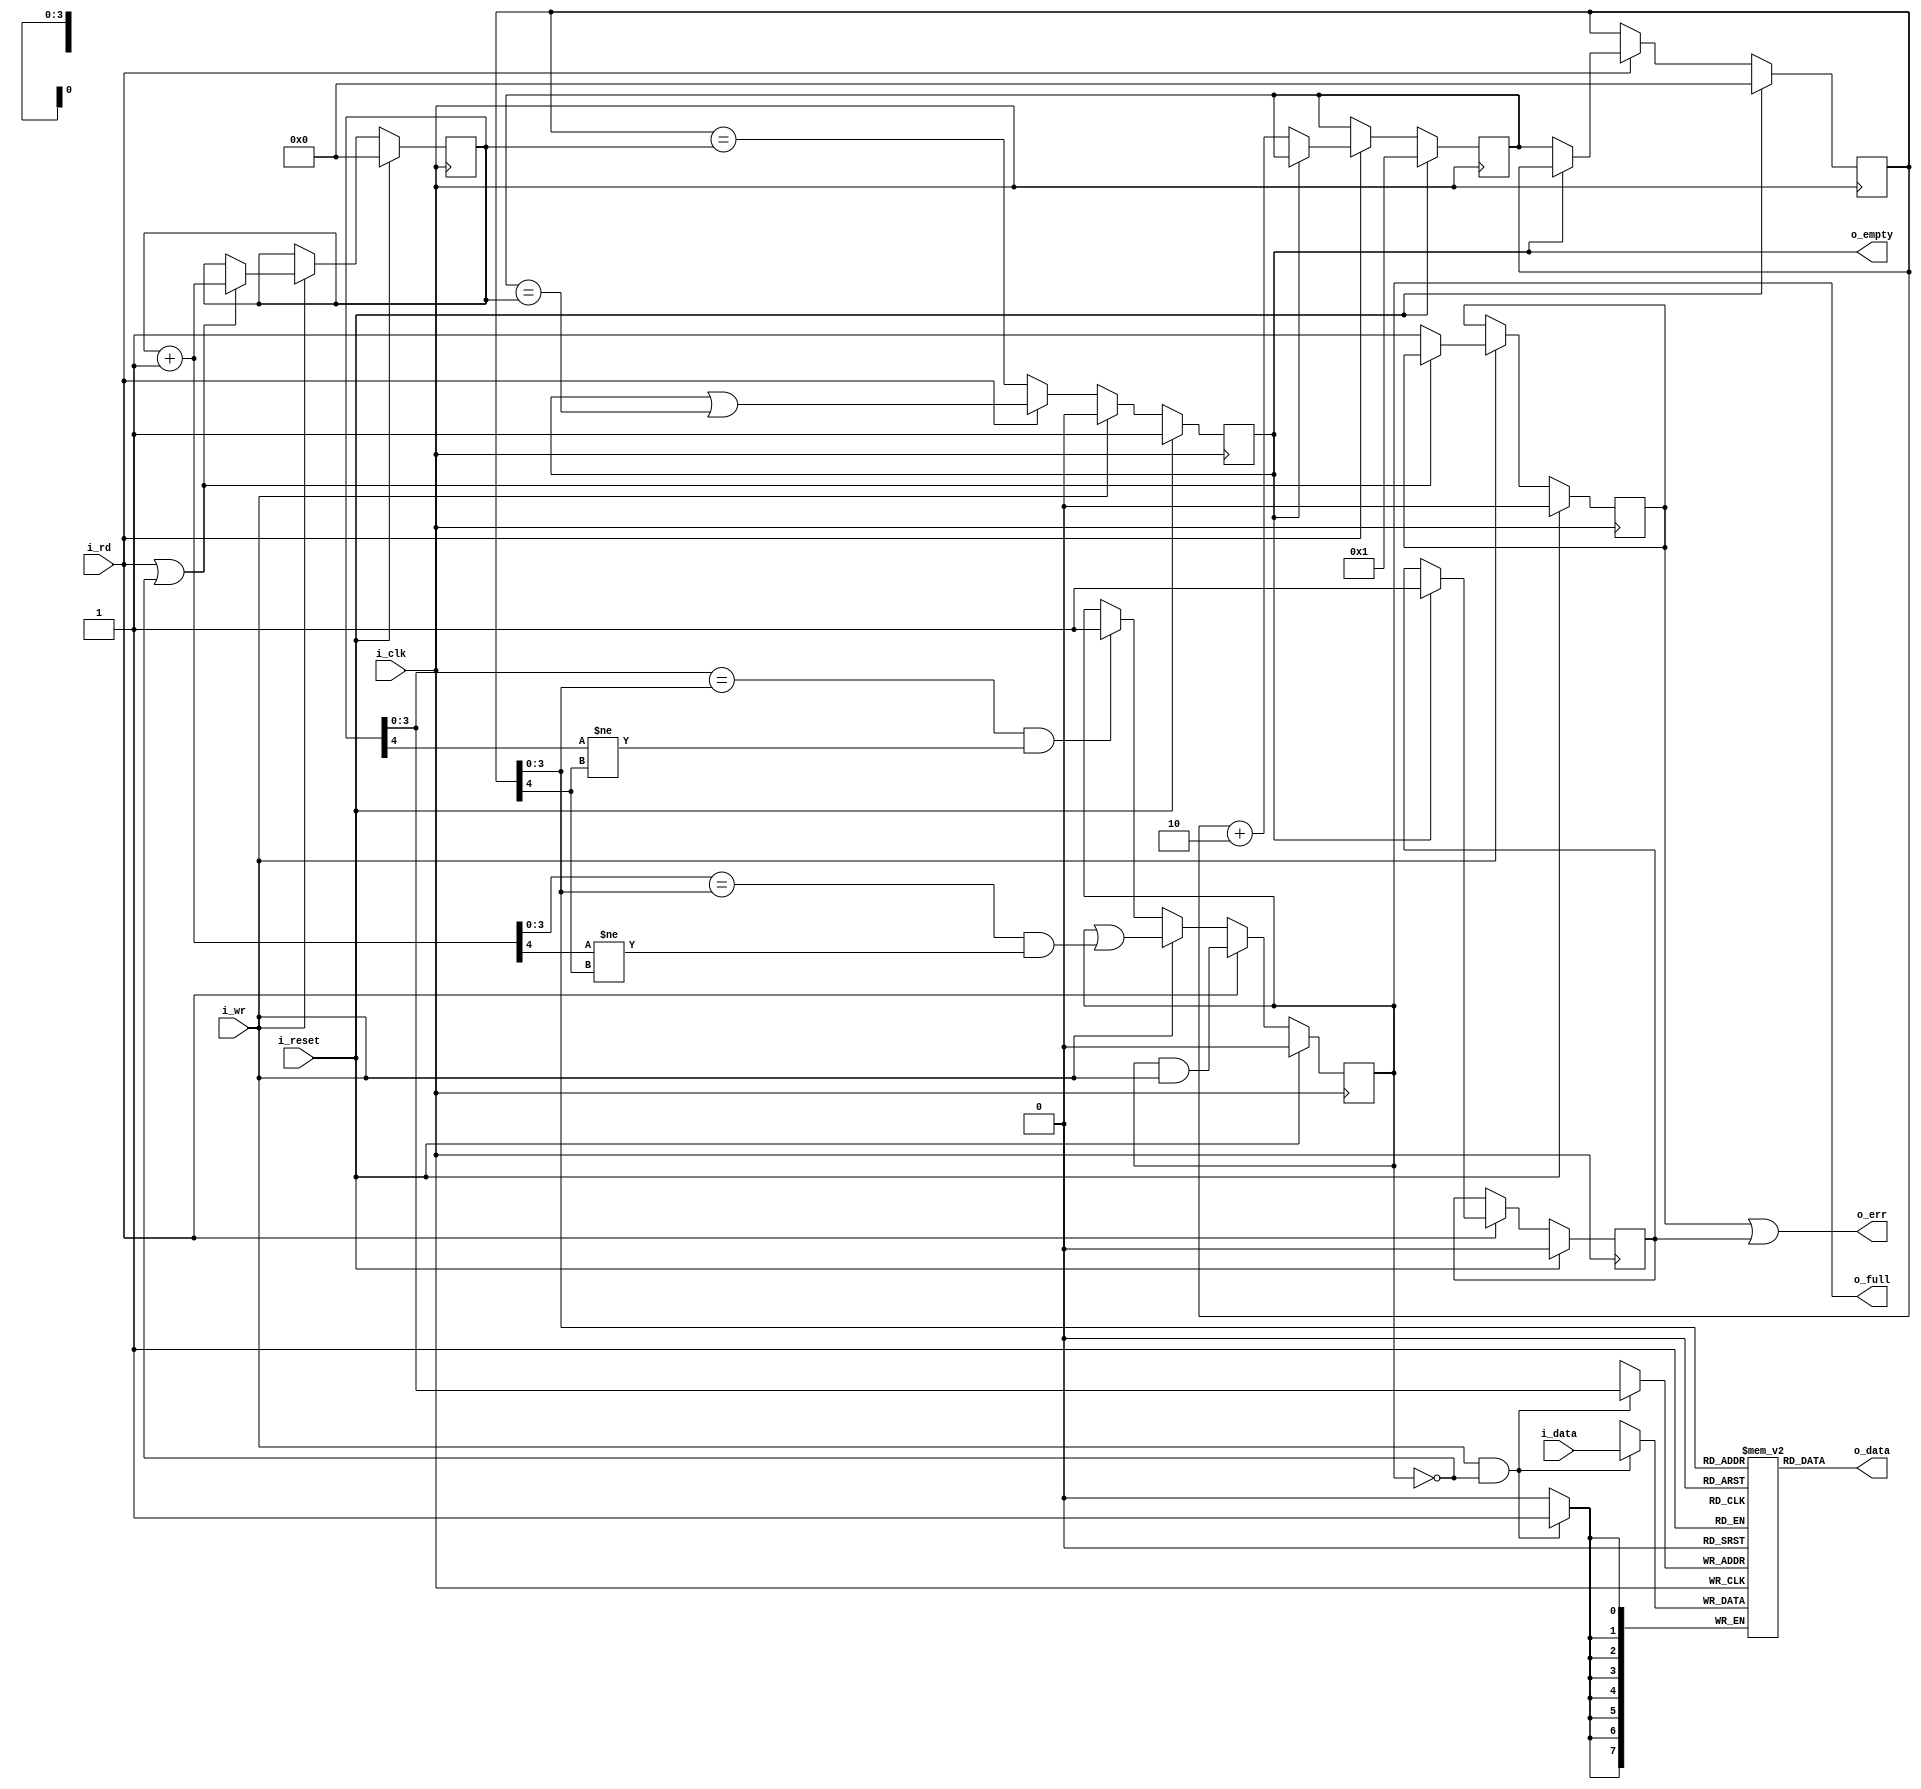
////////////////////////////////////////////////////////////////////////////////
//
//
// Project:	A set of Yosys Formal Verification exercises
//
// Purpose:	A synchronous data FIFO.
//
// To Prove:
//	1. That the FIFO will never suddenly go from full to empty except on
//		a reset (i.e. on an overrun)
//	2. That the FIFO will never suddenly go from empty to FULL (i.e. on a
//		underrun)
//	3. That the two outputs, o_empty and o_full, properly reflect the
//		size of the FIFO.
//	4. BONUS: That given two subsequent inputs, the may be read out later
//		in the same order.
//
// Creator:	Dan Gisselquist, Ph.D.
//		Gisselquist Technology, LLC
//
////////////////////////////////////////////////////////////////////////////////
//
// Copyright (C) 2015-2018, Gisselquist Technology, LLC
//
// This program is free software (firmware): you can redistribute it and/or
// modify it under the terms of  the GNU General Public License as published
// by the Free Software Foundation, either version 3 of the License, or (at
// your option) any later version.
//
// This program is distributed in the hope that it will be useful, but WITHOUT
// ANY WARRANTY; without even the implied warranty of MERCHANTIBILITY or
// FITNESS FOR A PARTICULAR PURPOSE.  See the GNU General Public License
// for more details.
//
// You should have received a copy of the GNU General Public License along
// with this program.  (It's in the $(ROOT)/doc directory.  Run make with no
// target there if the PDF file isn't present.)  If not, see
// <http://www.gnu.org/licenses/> for a copy.
//
// License:	GPL, v3, as defined and found on www.gnu.org,
//		http://www.gnu.org/licenses/gpl.html
//
//
////////////////////////////////////////////////////////////////////////////////
//
//
`default_nettype	none
//
module sfifo(i_clk, i_reset, i_wr, i_data, o_full, i_rd, o_data, o_empty, o_err);
	parameter	DW=8;		// Byte/data width
	parameter	LGFLEN=4;	// Log of the buffer size
	//
	input	wire		i_clk, i_reset;
	// Write interface
	input	wire		i_wr;
	input	wire [(DW-1):0]	i_data;
	output	reg		o_full;		// True if there's no more space
	// Read interface
	input	wire		i_rd;
	output	wire [(DW-1):0]	o_data;
	output	reg		o_empty;	// True if FIFO is empty
	// 
	output	wire		o_err;		// True following under/overflow


	localparam	FLEN=(1<<LGFLEN);

	reg	[(DW-1):0]	fifo[0:(FLEN-1)];
	reg	[LGFLEN:0]	wraddr, rdaddr, r_next;

	wire	[LGFLEN:0]	w_first_plus_one, w_first_plus_two,
				w_last_plus_one;
	assign	w_first_plus_two = wraddr + {{(LGFLEN-1){1'b0}},2'b10};
	assign	w_first_plus_one = wraddr + {{(LGFLEN){1'b0}},1'b1};
	assign	w_last_plus_one  = r_next; // rdaddr  + 1'b1;


	// Logic defining the full output.  Ideally, we might've said
	//
	// assign o_full == (wraddr[LGFLEN-1:0] == rdaddr[LGFLEN-1:0])
	//			&&(wraddr[LGFLEN] != rdaddr[LGFLEN]);
	//
	// The following logic does the same thing, only using clocked logic,
	// so the logic needs to be set one clock earlier.
	initial	o_full = 1'b0;
	always @(posedge i_clk)
		if (i_reset)
			o_full <= 1'b0;
		else if (i_rd)
			o_full <= (o_full)&&(i_wr);
		else if (i_wr)
			o_full <= (o_full)
				||((w_first_plus_one[LGFLEN-1:0]
						== rdaddr[LGFLEN-1:0])
				&&(w_first_plus_one[LGFLEN]!=rdaddr[LGFLEN]));
		else if ((wraddr[LGFLEN-1:0] == rdaddr[LGFLEN-1:0])
				&&(wraddr[LGFLEN]!=rdaddr[LGFLEN]))
			o_full <= 1'b1;

	//
	// Adjust the Write pointer, and catch any overflows.
	reg	r_ovfl;
	initial	wraddr = 0;
	initial	r_ovfl  = 0;
	always @(posedge i_clk)
		if (i_reset)
		begin
			r_ovfl  <= 1'b0;
			wraddr <= 0;
		end else if (i_wr)
		begin // Cowardly refuse to overflow
			if ((i_rd)||(!o_full))
				wraddr <= wraddr + 1'b1;
			else
				// Set the error flag on any overflow
				r_ovfl <= 1'b1;
		end

	// Actually write to the FIFO
	always @(posedge i_clk)
		if ((i_wr)&&(!o_full))
			fifo[wraddr[(LGFLEN-1):0]] <= i_data;

	// The empty pointer.  This is clocked logic, else we might have
	// written:
	//
	// assign o_empty = (rdaddr == wraddr);
	//
	initial	o_empty = 1'b1;
	always @(posedge i_clk)
		if (i_reset)
			o_empty <= 1'b1;
		else if (i_wr)
			o_empty <= 1'b0;
		else if (i_rd)
			o_empty <= (o_empty)||(w_last_plus_one == wraddr);
		else
			o_empty <= (rdaddr == wraddr);


	//
	// The read pointer (and underflow indication)
	//
	reg		r_unfl;
	initial	r_unfl = 1'b0;
	initial	rdaddr = 0;
	initial	r_next = { {(LGFLEN-1){1'b0}}, 1'b1 };
	always @(posedge i_clk)
		if (i_reset)
		begin
			rdaddr <= 0;
			r_next <= { {(LGFLEN){1'b0}}, 1'b1 };
			r_unfl <= 1'b0;
		end else if (i_rd)
		begin
			if (!o_empty) // (wraddr != rdaddr)
			begin
				rdaddr <= r_next;
				r_next <= rdaddr +{{(LGFLEN-1){1'b0}},2'b10};
			end else
				// Set the error flag on any attempt to read
				// from an empty fifo
				r_unfl <= 1'b1;
		end

	// Actually read from the FIFO here.
	assign	o_data = fifo[rdaddr[LGFLEN-1:0]];

	// Overflow is an error, as is underflow.
	assign o_err = (r_ovfl)||(r_unfl);

////////////////////////////////////////////////////////////////////////////////
////////////////////////////////////////////////////////////////////////////////
//
//
// FORMAL METHODS
//
//
////////////////////////////////////////////////////////////////////////////////
////////////////////////////////////////////////////////////////////////////////
`ifdef	FORMAL

	reg	f_past_valid;

	initial	f_past_valid = 1'b0;
	always @(posedge i_clk)
		f_past_valid <= 1'b1;

	//
	// Assumptions about our input(s)
	//
	//
	initial assume(i_reset);
	always @(posedge i_clk)
	if (!f_past_valid)
		assume(i_reset);

	//
	// Assertions about our outputs
	//
	//

	wire	[LGFLEN:0]	f_fill, f_next, f_empty;

	// Calculate the actual fill level
	assign	f_fill = wraddr - rdaddr;

	// ... Here's the indication of whether or not the FIFO is empty
	assign	f_empty = (wraddr == rdaddr);

	assign	f_next = rdaddr + 1'b1;

	// Test #1
	// Create a property to make sure the design doesn't suddenly go from
	// full to empty.

	// Test #2
	// Create a property to make sure the design never goes from empty to full

	// Test #3, any other basic assertions you feel you might need
	// Examples include:
	//	A. That the FIFO never has more than 2^N elements in it
	//	B. o_full should be equivalent to the FIFO having 2^N elements within it
	//	C. o_empty should be true if and only if the fill level is zero
	//	D. Reads on an empty FIFO will set the error flag
	//	E. Writes to an full FIFO will also set the error flag

	// Extra--check the error flag.
	always @(posedge i_clk)
	if (f_past_valid)
	begin
		// Following a reset, the error flag should be clear
		if ($past(i_reset))
			assert(!o_err);
		else begin
			// Check error on underflow
			if (($past(i_rd))&&($past(o_empty)))
				assert(o_err);

			// Check error on overflow
			if (($past(i_wr))&&(!$past(i_rd))&&($past(o_full)))
				assert(o_err);

			// Error flag doesn't clear except on reset
			if ($past(o_err))
				assert(o_err);
		end
	end
`ifdef	VERIFIC
	//
	// The FIFO "contract": two values written in succession, should
	// be able to be read out at a later time in succession.
	//
	// This contract makes the most sense using the full SVA language
	//
	(* anyconst *) reg	[LGFLEN:0]	f_const_addr;
	wire	 [LGFLEN:0]		f_const_next_addr;
	reg				f_addr_valid, f_next_valid;
	(* anyconst *) reg [DW-1:0]	f_const_first, f_const_next;
	assign	f_const_next_addr = f_const_addr + 1'b1;

	wire	[DW-1:0]	f_data_first;
	wire	[DW-1:0]	f_data_next;

	assign	f_data_first = fifo[f_const_addr[(LGFLEN-1):0]];
	assign	f_data_next  = fifo[f_const_next_addr[(LGFLEN-1):0]];

	//
	// f_addr_valid : True if f_const_addr is currently a valid address
	// describing an item found within the FIFO.
	//
	// This takes care of all of the address wrap arithmetic
	//
	always @(*)
	begin
		f_addr_valid = 1'b0;

		// The tricky part of this check is that the read and write
		// pointers may wrap around the ends of the FIFO.  It's not
		// quite the simple comparison for this reason.
		//
		if ((wraddr > rdaddr)&&(f_const_addr < wraddr)
				&&(rdaddr <= f_const_addr))
			// If there's no wrapping, then that f_const_addr
			// address will be valid if it's between wraddr and
			// rdaddr
			f_addr_valid = 1'b1;
		else if ((wraddr < rdaddr)&&(f_const_addr < wraddr))
			// The write pointer wrapped, the address in question
			// is after the wrap.
			f_addr_valid = 1'b1;
		else if ((wraddr < rdaddr)&&(rdaddr <= f_const_addr))
			// The write pointer wrapped around, but the address
			// hasn't
			f_addr_valid = 1'b1;
	end

	//
	// f_next_valid: This is basically the same logic as f_addr_valid above,
	// save that we are checking for the validity of the address one index
	// following f_const_addr, named f_const_next_addr
	//
	always @(*)
	begin
		f_next_valid = 1'b0;
		if ((wraddr > rdaddr)&&(f_const_next_addr < wraddr)
				&&(rdaddr <= f_const_next_addr))
			f_next_valid = 1'b1;
		else if ((wraddr < rdaddr)&&(f_const_next_addr < wraddr))
			f_next_valid = 1'b1;
		else if ((wraddr < rdaddr)&&(rdaddr <= f_const_next_addr))
			f_next_valid = 1'b1;
	end

	//
	// Here's the set sequence, that is ... here are the steps involved
	// with setting two values into the FIFO.
	//

	// f_first_set: True as the first of the two values gets set within the FIFO
	wire f_first_set = ((i_wr)&&(!o_full)&&(wraddr==f_const_addr)
			&&(i_data == f_const_first));

	// f_first_idle: True after the first of the two values has been set
	wire f_first_idle = ((!i_wr)&&((!i_rd)||(rdaddr != f_const_addr))
			&&(f_data_first==f_const_first)
			&&(f_addr_valid));

	// f_second_set
	wire f_second_set = ((i_wr)&&(!o_full)&&(!o_err)
			&&((!i_rd)||(rdaddr != f_const_addr))
			&&(f_addr_valid)
			&&(wraddr == f_const_next_addr)
			&&(i_data == f_const_next));

	sequence	SETSEQUENCE;
		// Given the above logical wires, describe the sequence that needs
		// to take place to set two values in succession within the FIFO
	endsequence

	// Here are the four steps to reading from the FIFO once both items
	// have been written to it.
	wire		f_wait_for_first_read,
			f_first_read,
			f_wait_for_second_read,
			f_second_read;


	// The read sequence is rather complex.  Let's look through it in
	// stages.

	//
	// Stage one: Both items are in the FIFO.
	//	The first of these two values isn't being read
	//	Assert that both addresses are within the FIFO
	//	Assert that the FIFO's values at each address match what was
	//	  written
	//
	assign	f_wait_for_first_read = (((!i_rd)||(rdaddr != f_const_addr))&&(!o_empty)&&(!r_unfl)
			&&(f_addr_valid)
			&&(f_next_valid)
			&&(f_data_first == f_const_first)
			&&(f_data_next  == f_const_next));
	//
	// Stage two: Read the first of the two items from the FIFO.
	//	Assert that the next value is still in the FIFO
	//	Assert that the value at the next address matches what was
	//		written earlier
	//
	assign f_first_read
		= ((i_rd)&&(!o_empty)&&(!r_unfl)
			&&(f_addr_valid)&&(rdaddr == f_const_addr)
				&&(o_data == f_const_first)
			&&(f_next_valid)
			&&(f_data_next == f_const_next));

	//
	// Stage three: Wait while the second FIFO element is next to be read
	//	Assert that the second value remains within the FIFO
	//	Assert that the second value will be the value read next
	//	Assert that it's the right value
	//
	assign f_wait_for_second_read
		= ((!i_rd)&&(!o_empty)&&(!r_unfl)
			&&(f_next_valid)&&(rdaddr == f_const_next_addr)
			&&(o_data == f_const_next));

	//
	// Stage four: Read the last item from the FIFO
	//
	assign f_second_read
		= ((i_rd)&&(!o_empty)&&(!r_unfl)
			&&(f_next_valid)&&(rdaddr == f_const_next_addr)
			&&(o_data == f_const_next));

	sequence	READSEQUENCE;
		// Given the wires above, what sequence would describe two values
		// being read from our FIFO in sequence?
	endsequence

	assert property (@(posedge i_clk)
		disable iff (i_reset)
		// Using these two sequences, can we write a property describing what
		// must happen?  How if we set two arbitrary values, we can read those
		// same values back later?
		//
		// Your logic here
		);

	cover property (@(posedge i_clk)
		// Just to make sure we did this right, let's make certain what we just
		// described above is even possible.  To do that, describe a sequence
		// that we can cover for that purpose
		//
		// Your logic here
		);

`endif // VERIFIC
`endif // FORMAL
endmodule